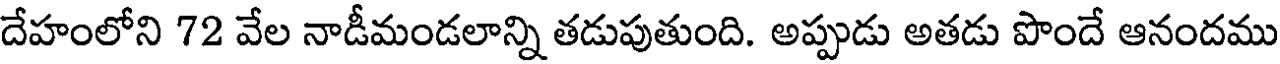
దేహంలోని 72 వేల నాడీమండలాన్ని తడుపుతుంది. అప్పుడు అతడు పొందే ఆనందము